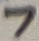
Text: 7